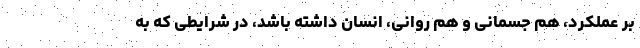
بر عملکرد، هم جسمانی و هم روانی، انسان داشته باشد، در شرایطی که به